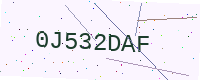
Text: 0J532DAF